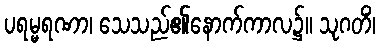
ပရမ္မရဏာ၊ သေသည်၏နောက်ကာလ၌။ သုဂတိံ၊